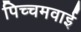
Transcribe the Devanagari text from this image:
पिच्चमवाई